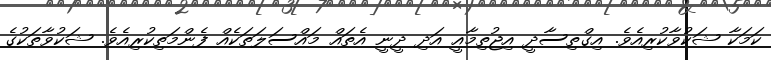
ކަމަކާ ޝަކުވާކުރިއެވެ. އިގްތިސާދީ އިޖުތިމާއީ އަދި ދީނީ އެތައް މައްސަލަތަކެއް ފެންމަތިކުރިއެވެ. ޝަކުވާތަކުގެ